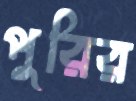
পুরির